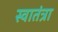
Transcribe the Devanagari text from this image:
स्वातंत्रा